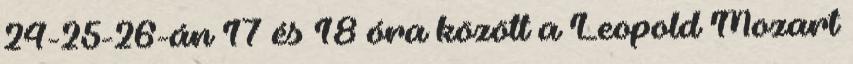
24-25-26-án 17 és 18 óra között a Leopold Mozart